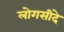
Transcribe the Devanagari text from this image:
लोगसीदे